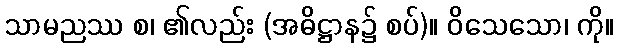
သာမညဿ စ၊ ၏လည်း (အဓိဋ္ဌာန၌ စပ်)။ ဝိသေသော၊ ကို။